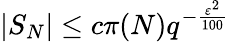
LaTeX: |S_{N}|\leq c\pi(N)q^{-{\frac{\varepsilon^{2}}{100}}}